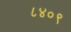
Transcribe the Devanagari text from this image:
८४०९